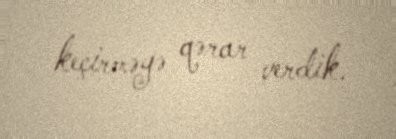
keçirməyə qərar verdik.